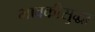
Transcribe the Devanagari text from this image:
भावकीसुद्धा